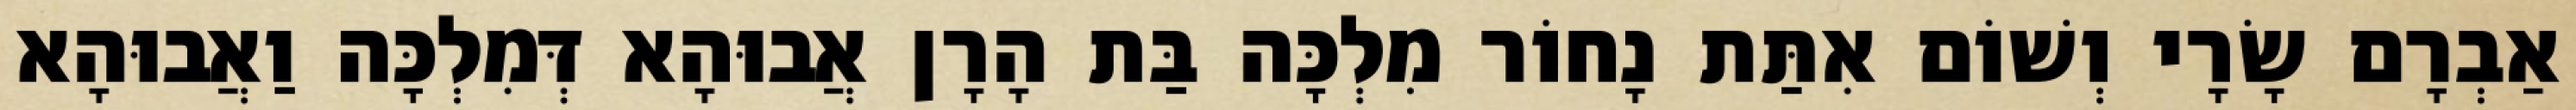
אַבְרָם שָׂרָי וְשׁוֹם אִתַּת נָחוֹר מִלְכָּה בַּת הָרָן אֲבוּהָא דְּמִלְכָּה וַאֲבוּהָא